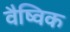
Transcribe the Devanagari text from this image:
वैष्विक